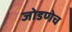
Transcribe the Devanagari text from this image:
जोडणेच